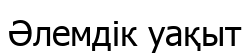
Әлемдік уақыт